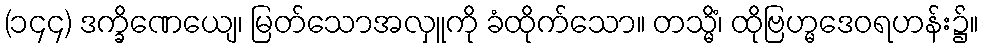
(၁၄၄) ဒက္ခိဏေယျေ၊ မြတ်သောအလှူကို ခံထိုက်သော။ တသ္မိံ၊ ထိုဗြဟ္မဒေဝရဟန်း၌။